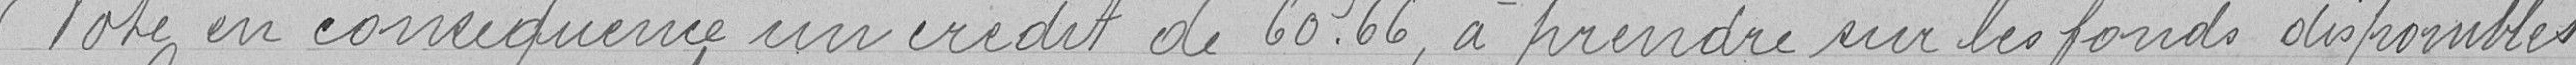
Vote en conséquent, un crédit de 60,66 francs à prendre sur les fonds disponibles